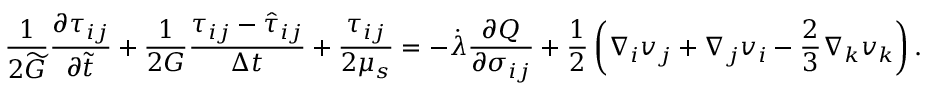
\frac { 1 } { 2 \widetilde { G } } \frac { \partial \tau _ { i j } } { \partial \widetilde { t } } + \frac { 1 } { 2 G } \frac { \tau _ { i j } - \hat { \tau } _ { i j } } { \Delta t } + \frac { \tau _ { i j } } { 2 \mu _ { s } } = - \dot { \lambda } \frac { \partial Q } { \partial \sigma _ { i j } } + \frac { 1 } { 2 } \left( \nabla _ { i } v _ { j } + \nabla _ { j } v _ { i } - \frac { 2 } { 3 } \nabla _ { k } v _ { k } \right) .